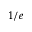
1 / e